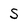
Character: S